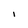
Character: I